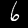
Digit: 6